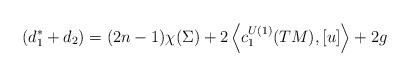
LaTeX: \begin{align*}~(d_{1}^{*}+d_{2}) = (2n-1)\chi(\Sigma) + 2 \left\langle c^{U(1)}_{1}(TM), [u] \right\rangle + 2g\end{align*}